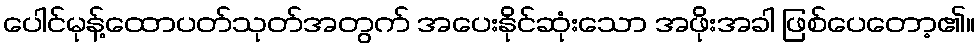
ပေါင်မုန့်ထောပတ်သုတ်အတွက် အပေးနိုင်ဆုံးသော အဖိုးအခါ ဖြစ်ပေတော့၏။